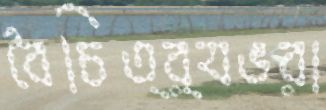
বৈচিত্র্যভরা